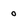
Character: 0